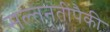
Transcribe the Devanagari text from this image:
सल्तनतींपैकी